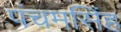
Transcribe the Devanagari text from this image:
पंचमसिंह